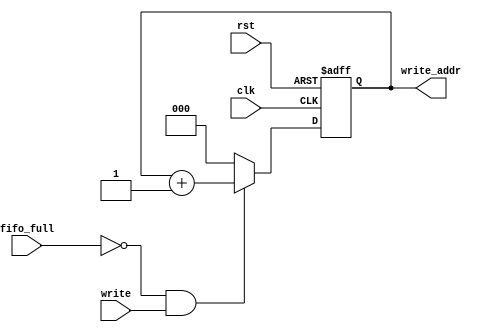
module Write_Buffer #(
    parameter n = 3    // n write address bits
) (
   input clk, rst, write, fifo_full,
   output reg [n-1:0] write_addr
);
 
    wire fifo_write_en;

    assign fifo_write_en = (~fifo_full) & write;  
    
    always @(posedge clk or negedge rst) begin  
        if (~rst) begin
           write_addr <= 0;  
        end 
        else if (fifo_write_en) begin
           write_addr <= write_addr + 1;    
        end  
        else begin
           write_addr <= 0;  
        end 
    end 

endmodule